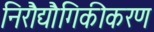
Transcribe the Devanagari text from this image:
निरौद्यौगिकीकरण